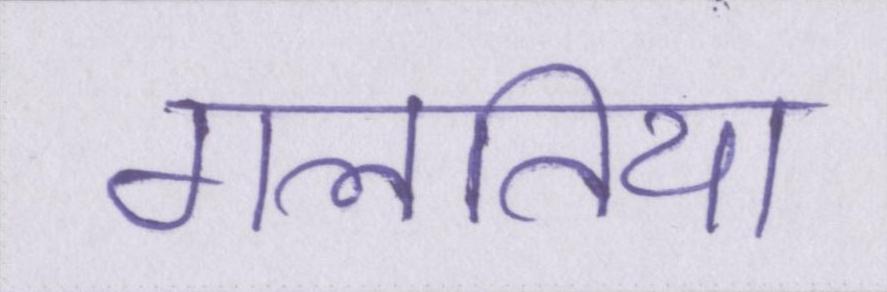
गलतिया